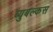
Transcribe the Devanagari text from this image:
ब्युबल्कस